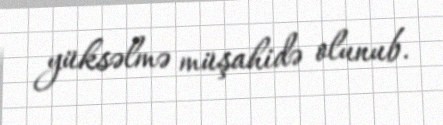
yüksəlmə müşahidə olunub.